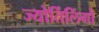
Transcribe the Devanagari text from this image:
ज्‍योर्तिलिंगों